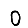
Digit: 0